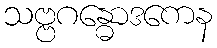
သဗ္ဗဂန္ဓောဒကေန